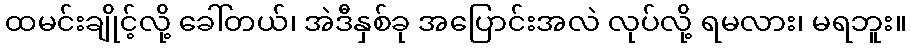
ထမင်းချိုင့်လို့ ခေါ်တယ်၊ အဲဒီနှစ်ခု အပြောင်းအလဲ လုပ်လို့ ရမလား၊ မရဘူး။